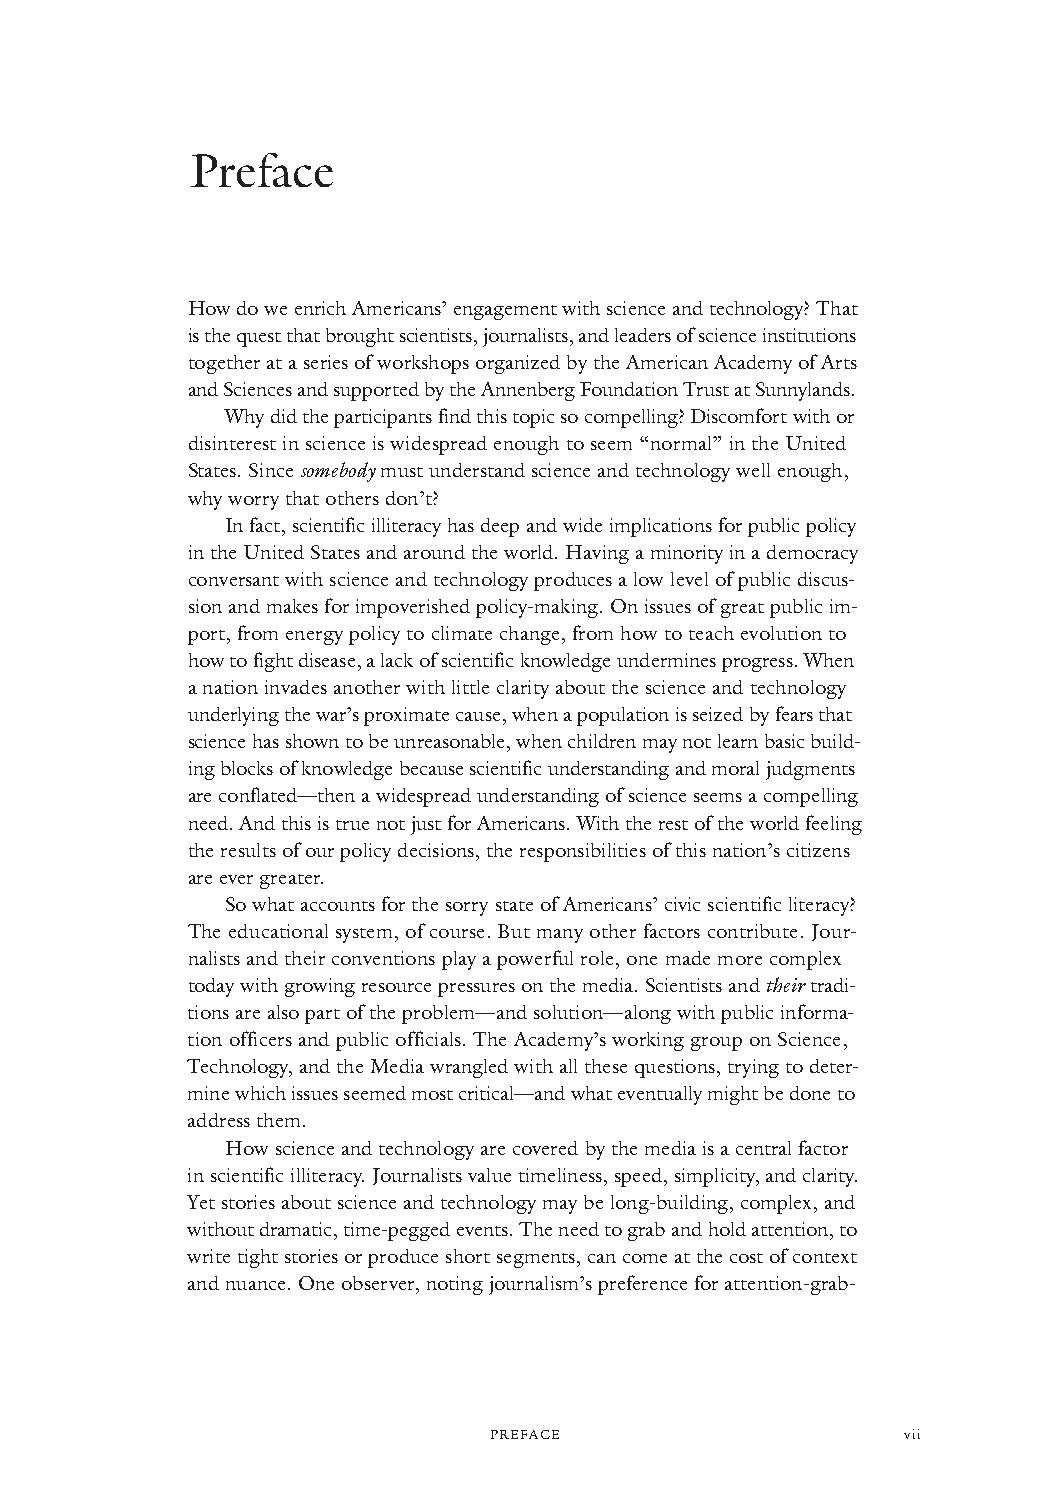
Preface
 How do we enrich Americans’ engagement with science and technology? That
 is the quest that brought scientists, journalists, and leaders of science institutions
 together at a series of workshops organized by the American Academy of Arts
 and Sciences and supported by the Annenberg Foundation Trust at Sunnylands.
 Why did the participants find this topic so compelling? Discomfort with or
 disinterest in science iswidespread enough to seem “normal” in the United
 States. Since somebody must understand science and technology well enough,
 why worry that others don’t?
 In fact, scientific illiteracy has deep and wide implications for public policy
 in the United States and around the world. Having a minority in a democracy
 conversant with science and technology produces a low level of public discus-
 sion and makes for impoverished policy-making. On issues of great public im-
 port, from energy policy to climate change, from how to teach evolution to
 how to fight disease, a lack of scientific knowledge undermines progress. When
 a nation invades another with little clarity about the science and technology
 underlying the war’s proximate cause, when a population is seized by fears that
 science has shown to be unreasonable, when children may not learn basic build-
 ing blocks of knowledge because scientific understanding and moral judgments
 are conflated—then a widespread understanding of science seems a compelling
 need. And this is true not just for Americans. With the rest of the world feeling
 the results of our policy decisions, the responsibilities of this nation’s citizens
 are ever greater.
 So what accounts for the sorry state of Americans’ civic scientific literacy?
 The educational system, of course. But many other factors contribute. Jour-
 nalists and their conventions play a powerful role, one made more complex
 today with growing resource pressures on the media. Scientists and theirtradi-
 tions are also part of the problem—and solution—along with public informa-
 tion officers and public officials. The Academy’s working group on Science,
 Technology, and the Media wrangled with all these questions, trying to deter-
 mine which issues seemed most critical—and whateventually might be doneto
 address them.
 How science and technology are covered by the media is a central factor
 in scientific illiteracy. Journalists value timeliness, speed, simplicity,and clarity.
 Yet stories about science and technology may be long-building, complex,and
 without dramatic,time-pegged events. The need to grab and hold attention, to
 write tight stories or produce short segments, can come at the cost of context
 and nuance. One observer, noting journalism’s preference for attention-grab-
 PREFACE                     vii